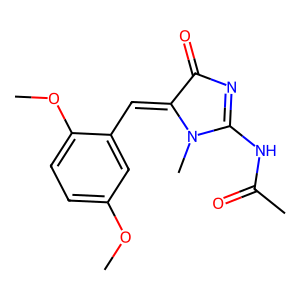
SMILES: COc1ccc(OC)c(C=C2C(=O)N=C(NC(C)=O)N2C)c1
Inhibits HIV replication: No